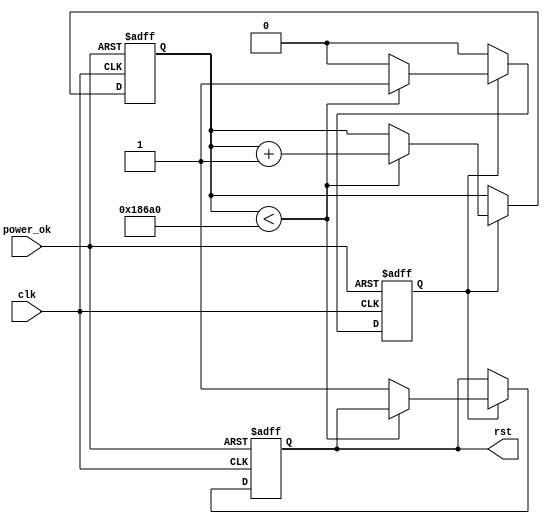
module PowerOnReset #(
    parameter RESET_DURATION = 100_000 // Duration of reset in clock cycles
)(
    input wire clk,          // Clock input
    input wire power_ok,     // Signal indicating power is stable
    output reg rst           // Active low reset output
);

    reg [31:0] counter;      // Counter for reset duration
    reg reset_active;        // Internal signal to track reset state

    // State machine for reset logic
    always @(posedge clk or negedge power_ok) begin
        if (!power_ok) begin
            // When power is lost, assert reset
            rst <= 1'b0;          // Active low reset
            reset_active <= 1'b1; // Indicate reset is active
            counter <= 32'b0;     // Reset counter
        end else if (reset_active) begin
            if (counter < RESET_DURATION) begin
                counter <= counter + 1; // Increment counter
            end else begin
                rst <= 1'b1;           // Deassert reset
                reset_active <= 1'b0;  // Reset is no longer active
            end
        end
    end

    // Initial conditions
    initial begin
        rst = 1'b1; // Deassert reset initially (active low)
        counter = 32'b0;
        reset_active = 1'b0;
    end

endmodule